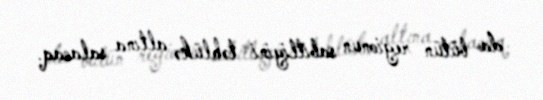
da bütün regionun sabitliyini təhlükə altına salacaq.